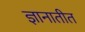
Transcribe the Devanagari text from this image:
ज्ञानातीत